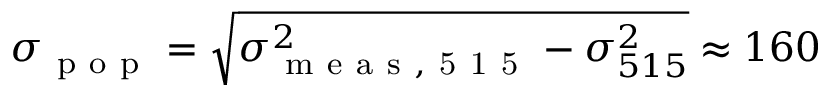
\sigma _ { \mathrm { ~ p ~ o ~ p ~ } } = \sqrt { \sigma _ { \mathrm { ~ m ~ e ~ a ~ s ~ , ~ 5 ~ 1 ~ 5 ~ } } ^ { 2 } - \sigma _ { 5 1 5 } ^ { 2 } } \approx 1 6 0